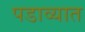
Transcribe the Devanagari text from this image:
पडाव्यात